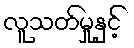
လူသတ်မှုနှင့်